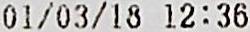
01/03/18 12:36